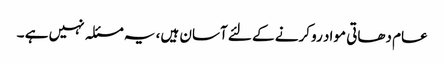
عام دھاتی مواد رو کرنے کے لئے آسان ہیں، یہ مسئلہ نہیں ہے ۔